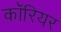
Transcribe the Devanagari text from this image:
कॉरियर